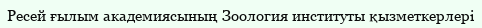
Ресей ғылым академиясының Зоология институты қызметкерлері